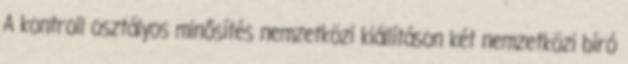
A kontroll osztályos minősítés nemzetközi kiállításon két nemzetközi bíró